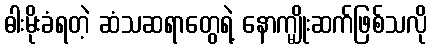
ဓါးမိုးခံရတဲ့ ဆံသဆရာတွေရဲ့ နောက္မျိုးဆက်ဖြစ်သလို